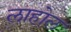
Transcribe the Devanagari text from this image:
लाहोल